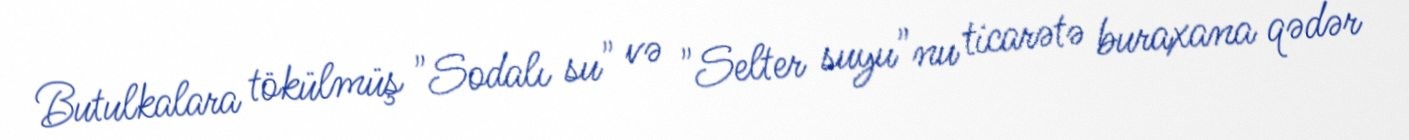
Butulkalara tökülmüş "Sodalı su" və "Selter suyu"nu ticarətə buraxana qədər